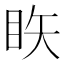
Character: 䀢